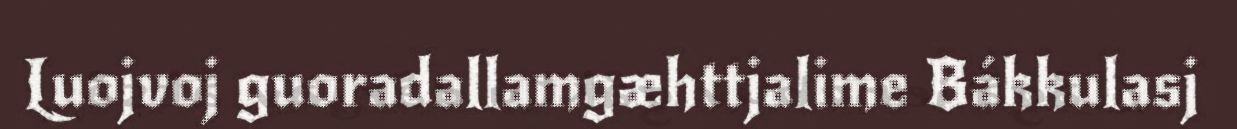
Luojvoj guoradallamgæhttjalime Bákkulasj